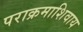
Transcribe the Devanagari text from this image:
पराक्रमाशिवाय